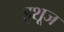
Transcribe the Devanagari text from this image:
इशूज